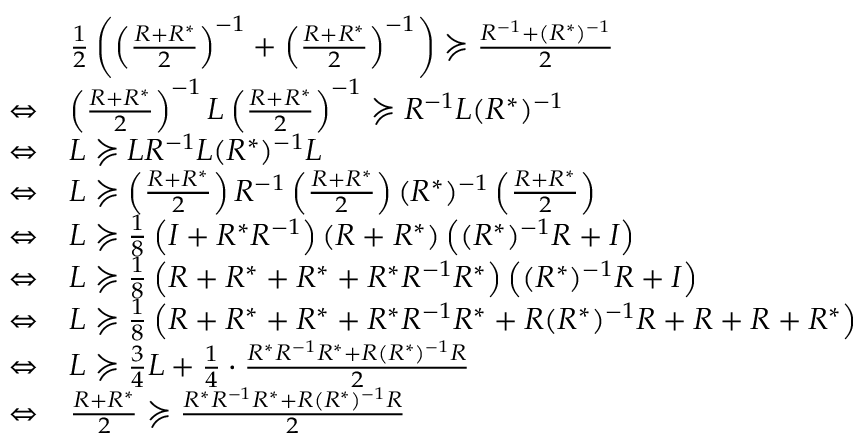
\begin{array} { r l } & { \frac { 1 } { 2 } \left( \left( \frac { R + R ^ { * } } { 2 } \right) ^ { - 1 } + \left( \frac { R + R ^ { * } } { 2 } \right) ^ { - 1 } \right) \succcurlyeq \frac { R ^ { - 1 } + ( R ^ { * } ) ^ { - 1 } } { 2 } } \\ { \Leftrightarrow } & { \left( \frac { R + R ^ { * } } { 2 } \right) ^ { - 1 } L \left( \frac { R + R ^ { * } } { 2 } \right) ^ { - 1 } \succcurlyeq R ^ { - 1 } L ( R ^ { * } ) ^ { - 1 } } \\ { \Leftrightarrow } & { L \succcurlyeq L R ^ { - 1 } L ( R ^ { * } ) ^ { - 1 } L } \\ { \Leftrightarrow } & { L \succcurlyeq \left( \frac { R + R ^ { * } } { 2 } \right) R ^ { - 1 } \left( \frac { R + R ^ { * } } { 2 } \right) ( R ^ { * } ) ^ { - 1 } \left( \frac { R + R ^ { * } } { 2 } \right) } \\ { \Leftrightarrow } & { L \succcurlyeq \frac { 1 } { 8 } \left( I + R ^ { * } R ^ { - 1 } \right) \left( R + R ^ { * } \right) \left( ( R ^ { * } ) ^ { - 1 } R + I \right) } \\ { \Leftrightarrow } & { L \succcurlyeq \frac { 1 } { 8 } \left( R + R ^ { * } + R ^ { * } + R ^ { * } R ^ { - 1 } R ^ { * } \right) \left( ( R ^ { * } ) ^ { - 1 } R + I \right) } \\ { \Leftrightarrow } & { L \succcurlyeq \frac { 1 } { 8 } \left( R + R ^ { * } + R ^ { * } + R ^ { * } R ^ { - 1 } R ^ { * } + R ( R ^ { * } ) ^ { - 1 } R + R + R + R ^ { * } \right) } \\ { \Leftrightarrow } & { L \succcurlyeq \frac { 3 } { 4 } L + \frac { 1 } { 4 } \cdot \frac { R ^ { * } R ^ { - 1 } R ^ { * } + R ( R ^ { * } ) ^ { - 1 } R } { 2 } } \\ { \Leftrightarrow } & { \frac { R + R ^ { * } } { 2 } \succcurlyeq \frac { R ^ { * } R ^ { - 1 } R ^ { * } + R ( R ^ { * } ) ^ { - 1 } R } { 2 } } \end{array}